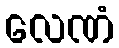
လေဏံ